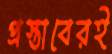
প্রস্তাবেরই